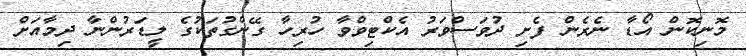
މޮނިކޮން އޯޑާ ނެރެން ފެށި ދުވަސްވަރު އެކްޓިވްވާ ހުރިހާ ގޭންގުތަކުގެ ލީޑަރުންނާ ދިމާއަށް